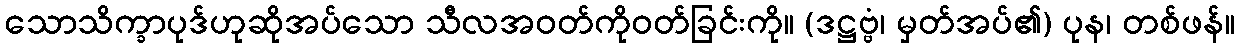
သောသိက္ခာပုဒ်ဟုဆိုအပ်သော သီလအဝတ်ကိုဝတ်ခြင်းကို။ (ဒဋ္ဌဗ္ဗံ၊ မှတ်အပ်၏) ပုန၊ တစ်ဖန်။